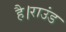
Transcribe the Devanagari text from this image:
है।राउंड